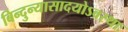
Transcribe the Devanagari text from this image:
बिन्दुन्यासादयोऽवस्थाः